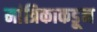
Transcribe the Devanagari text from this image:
मांत्रिकाकडून